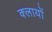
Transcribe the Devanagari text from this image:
क्लायों